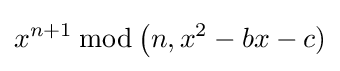
x^{n+1}\,{\bmod {\,}}{\big (}n,x^{2}-bx-c)